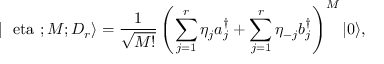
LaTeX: | \mathrm { \boldmath { ~ \ e t a ~ } } ; M ; D _ { r } \rangle = { \frac { 1 } { \sqrt { M ! } } } \left( \sum _ { j = 1 } ^ { r } \eta _ { j } a _ { j } ^ { \dagger } + \sum _ { j = 1 } ^ { r } \eta _ { - j } b _ { j } ^ { \dagger } \right) ^ { M } | 0 \rangle ,